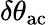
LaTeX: \delta\theta_{\mathrm{ac}}